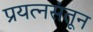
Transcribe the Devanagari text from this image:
प्रयत्‍नसंतून